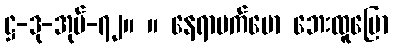
ဋ္ဌ-ဒု-အုပ်-၇၂။ ။ နေရာမက်မော ဘေးထူပြော